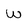
Character: w